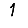
Digit: 1